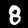
Label: 8